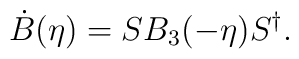
\dot{B}(\eta) = S B_{3}(-\eta) S^{\dagger} .